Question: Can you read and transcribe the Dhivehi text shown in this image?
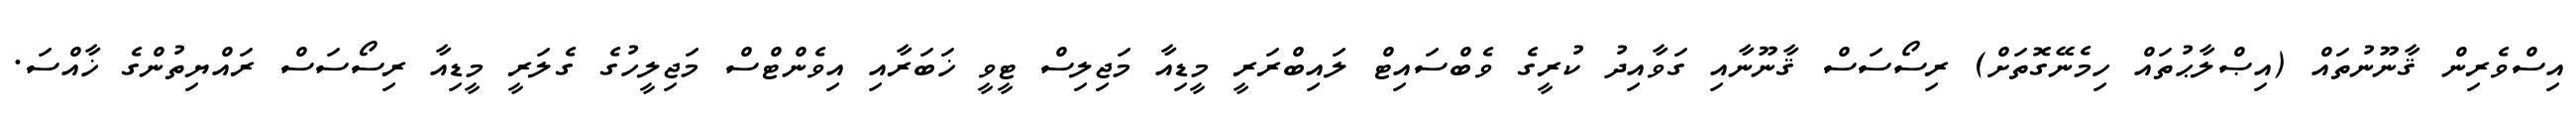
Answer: އިސްވެރިން ޤާނޫނުތައް (އިޞްލާޙުތައް ހިމެނޭގޮތަށް) ރިސޯސަސް ޤާނޫނާއި ގަވާއިދު ކުރީގެ ވެބްސައިޓް ލައިބްރަރީ މީޑިއާ މަޖިލިސް ޓީވީ ޚަބަރާއި އިވެންޓްސް މަޖިލީހުގެ ގެލަރީ މީޑިއާ ރިސޯސަސް ރައްޔިތުންގެ ޚާއްސަ.